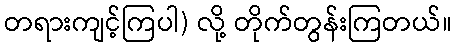
တရားကျင့်ကြပါ) လို့ တိုက်တွန်းကြတယ်။